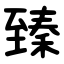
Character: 臻